Bréfritari: Árni Árnason
Viðtakandi: Jón Borgfirðings Jónsson
Dagsetning: A-1861-05-06
Skrifað á: Enni  Eyf.

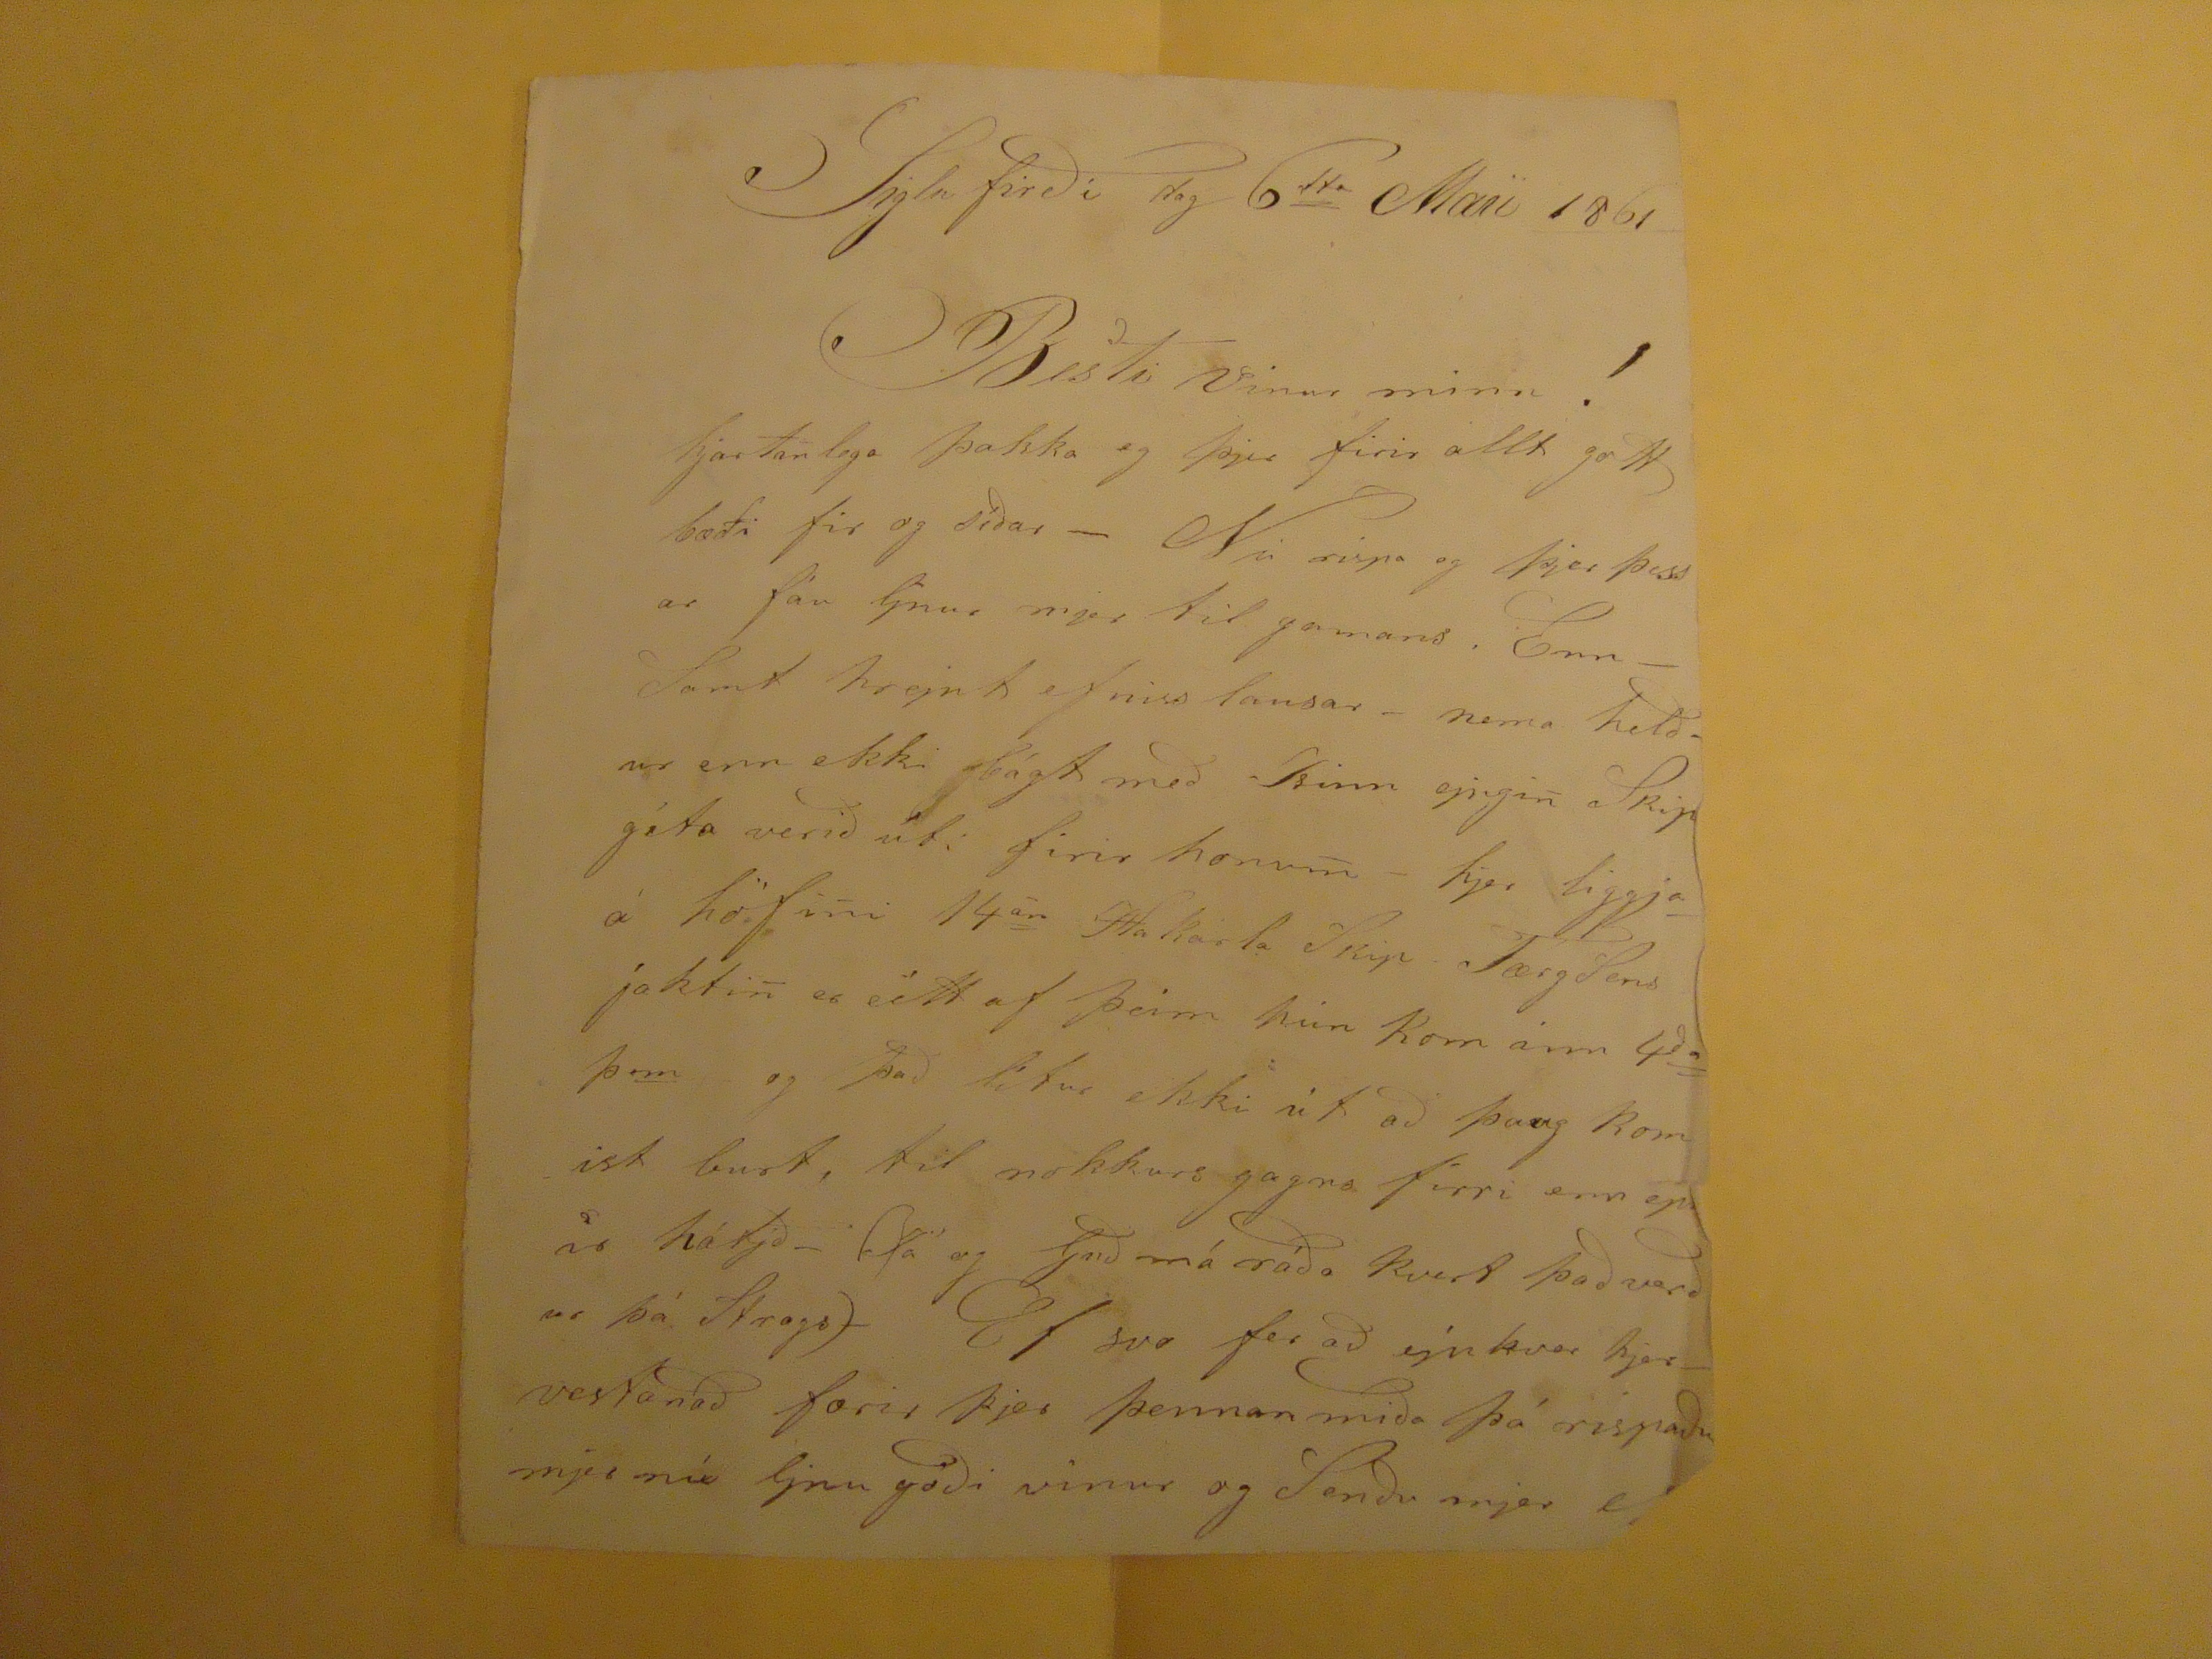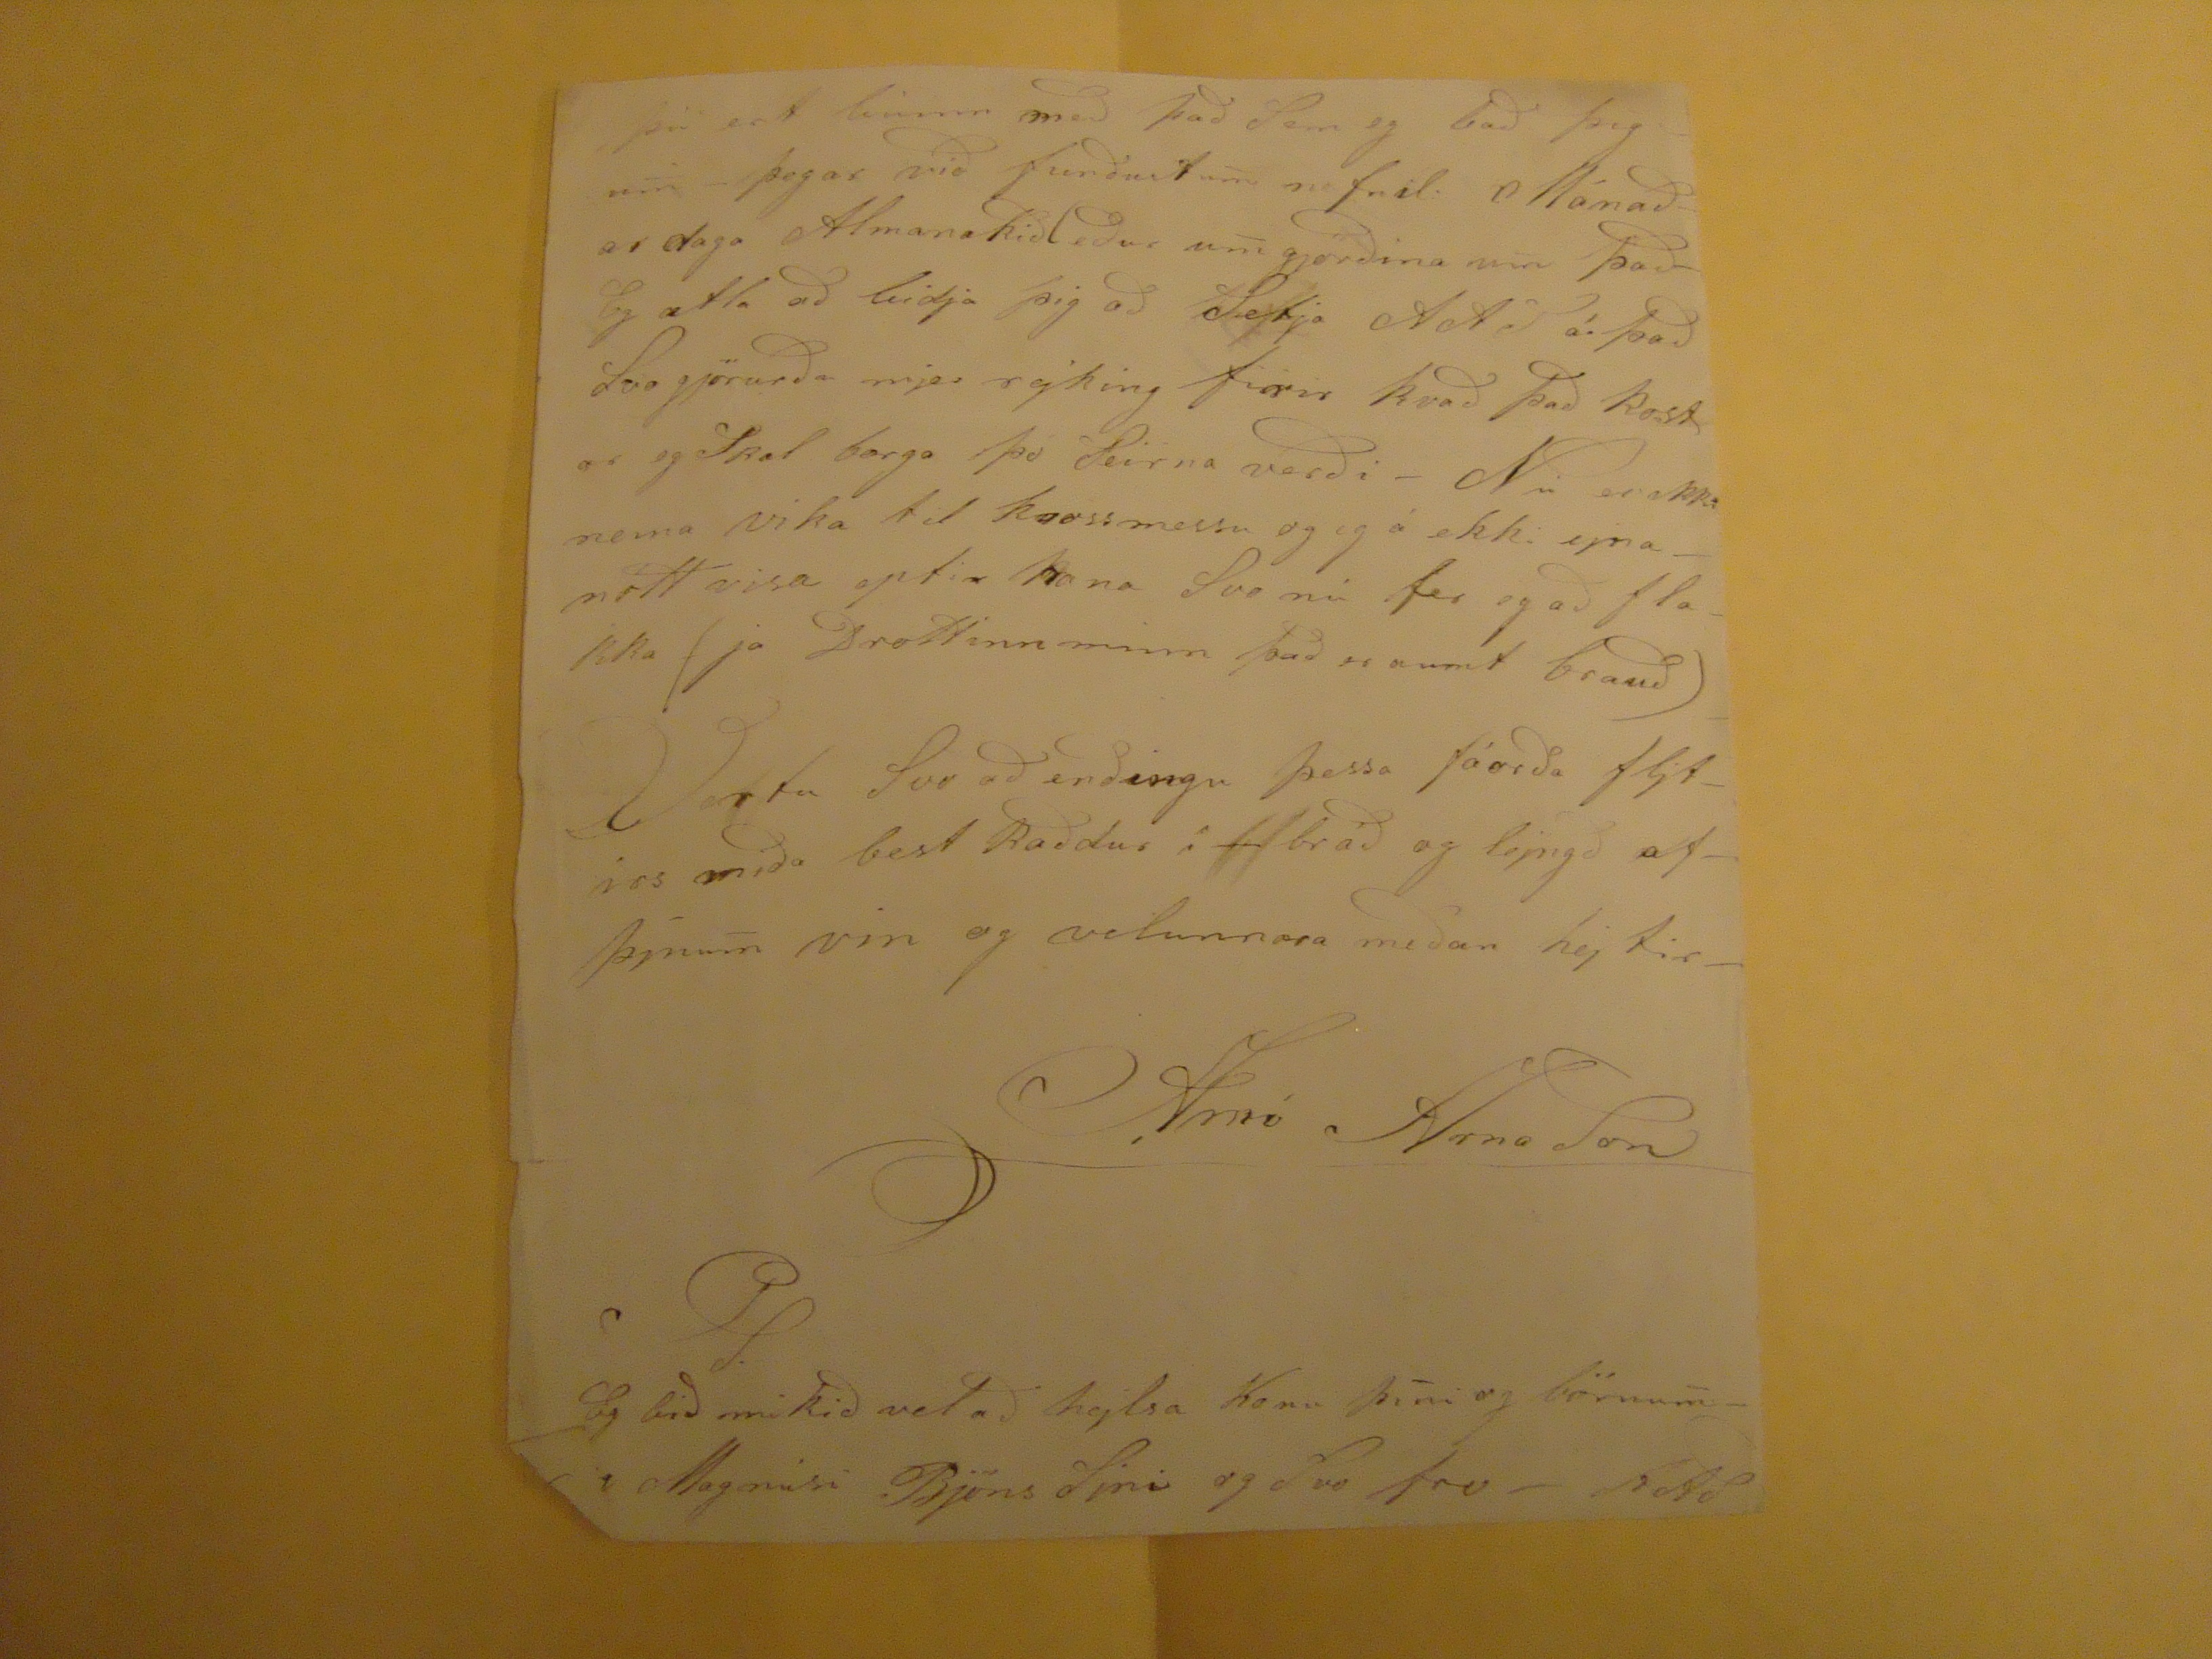

Siglufirði dag 6
tta
Maii 1861
Besti vinur minn!
hjartanlega þakka eg þjer firir allt gott bæði fir og síðar - Nú rispa eg þjer þessar fáu ljnur mjer til gamans. Enn-Samt
hrejnt
efnis lausar - nema helður enn ekki bágt með
Tsinn
ejngi
n
Skip géta verið úti firir honum - hjer liggja á höfni
n
14
ár
Hakarla Skip TægSens fakti
n
er eitt af þeim hún kom ánn 4
ða
þ
.m
og það lítur ekki út að þaug komist burt, til nokkurs gagna firri enn eptir hátjð - (
Ká
og Garð má ráða kvert það verður þá Strags) Ef svo fer að ejnkver hjer vestanað færir þjer þennan miða þá rispaðu mjer nú ljnu góði vinur og Senðu mjer
ef
þú ert búinn með það Sem eg bað þig u
m
- þegar við funðust u
m
nefnil. Mánaðardaga Almanakiðleður u
m
gjörðina um það- Eg ætla að bidja þig að Setja AAS á það Svo gjörurða mjer rejking firir kvað það kostar eg Skal borga þó Seirna verði - Nú er ekki nema vika itl krossmessu og eg á ekki ejna - nótt visa eptir hana Svo nú fer eg að flakka (ja Drottinn minn það er aumt brauð) Vertu Svo að enðingu þessa fáorða fljtirs miða best kvaðdur í bráð og lejngð af þjnu
m
vin og velunnara meðan hejtir_
Árni ÁrnaSon
PS.
Eg bið mikið vel að hejlsa Konu þi
n
i og börnu
m
- i Magnúsi BjörnsSjni og Svo frv - AAS